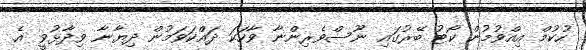
ހުކުމް އިއްވުމުން ކޯޓު ބޭރުގައި ނޫސްވެރިންނާ ވާހަކަ ދައްކަވަމުން ދިޔާނާ ވިދާޅުވީ އެ